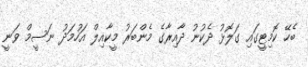
ބެހޭ ކޮމިޓީގައި ގަލޮޅު ދެކުނު ދާއިރާގެ މެންބަރު މީކާއިލް އަހުމަދު ނަސީމް ވަނީ